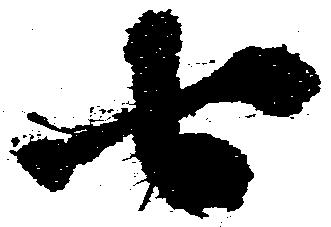
七